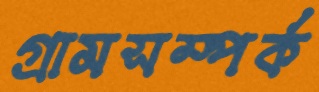
গ্রামসম্পর্ক